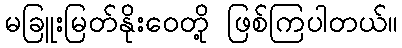
မခြူးမြတ်နိုးဝေတို့ ဖြစ်ကြပါတယ်။